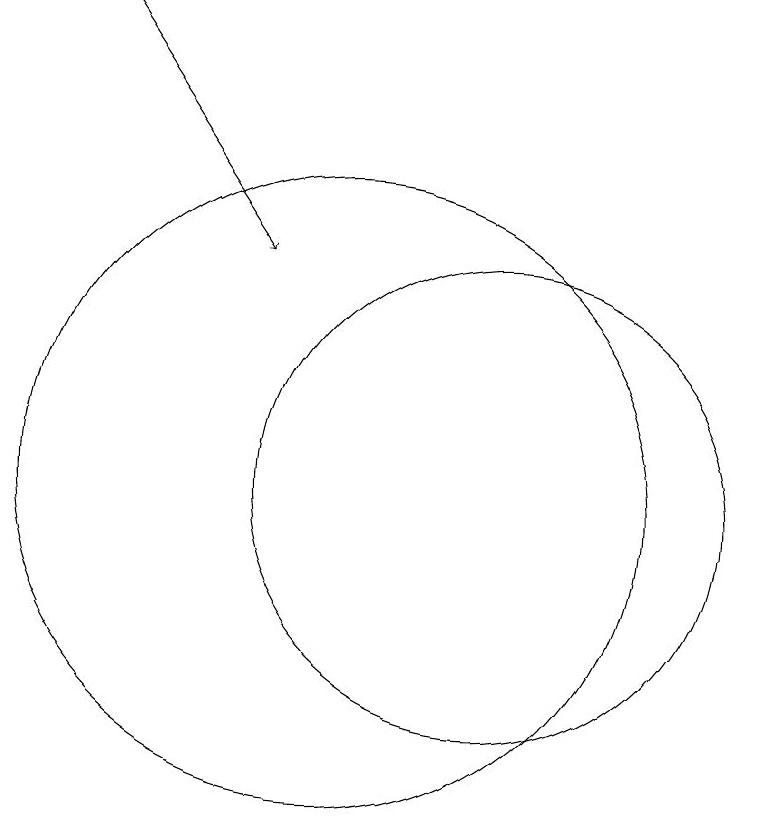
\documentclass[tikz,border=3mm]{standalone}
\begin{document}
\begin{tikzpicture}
\draw[->] (7,17) -- (9,14);
\draw (10,11) circle (4);
\draw (12,11) circle (3);
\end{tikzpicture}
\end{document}